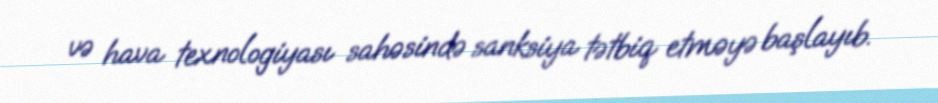
və hava texnologiyası sahəsində sanksiya tətbiq etməyə başlayıb.